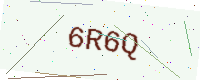
Text: 6R6Q